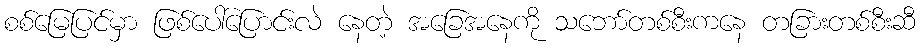
စစ်မြေပြင်မှာ ဖြစ်ပေါ်ပြောင်းလဲ နေတဲ့ အခြေအနေကို သဘော်တစ်စီးကနေ တခြားတစ်စီးဆီ